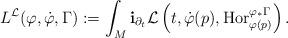
LaTeX: \begin{align*}L^\mathcal{L}(\varphi,\dot\varphi,\Gamma):=\int_M\mathbf{i}_{\partial_t}\mathcal{L}\left(t,\dot\varphi(p),\operatorname{Hor}_{\varphi(p)}^{\varphi_*\Gamma}\right).\end{align*}